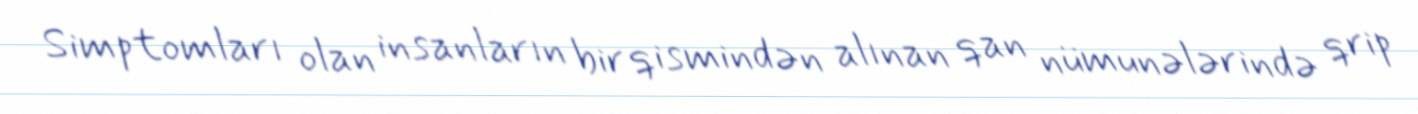
Simptomları olan insanların bir qismindən alınan qan nümunələrində qrip